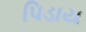
પિડાય